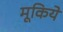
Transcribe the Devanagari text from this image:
मूकिये